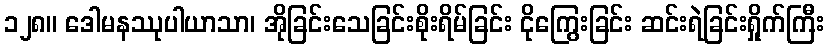
၁၂၈။ ဒေါမနဿုပါယာသာ၊ အိုခြင်းသေခြင်းစိုးရိမ်ခြင်း ငိုကြွေးခြင်း ဆင်းရဲခြင်းရှိုက်ကြီး